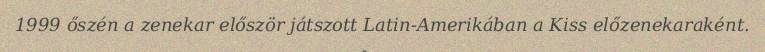
1999 őszén a zenekar először játszott Latin-Amerikában a Kiss előzenekaraként.